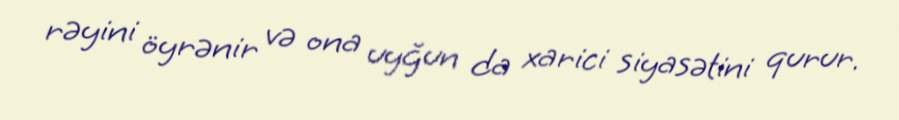
rəyini öyrənir və ona uyğun da xarici siyasətini qurur.